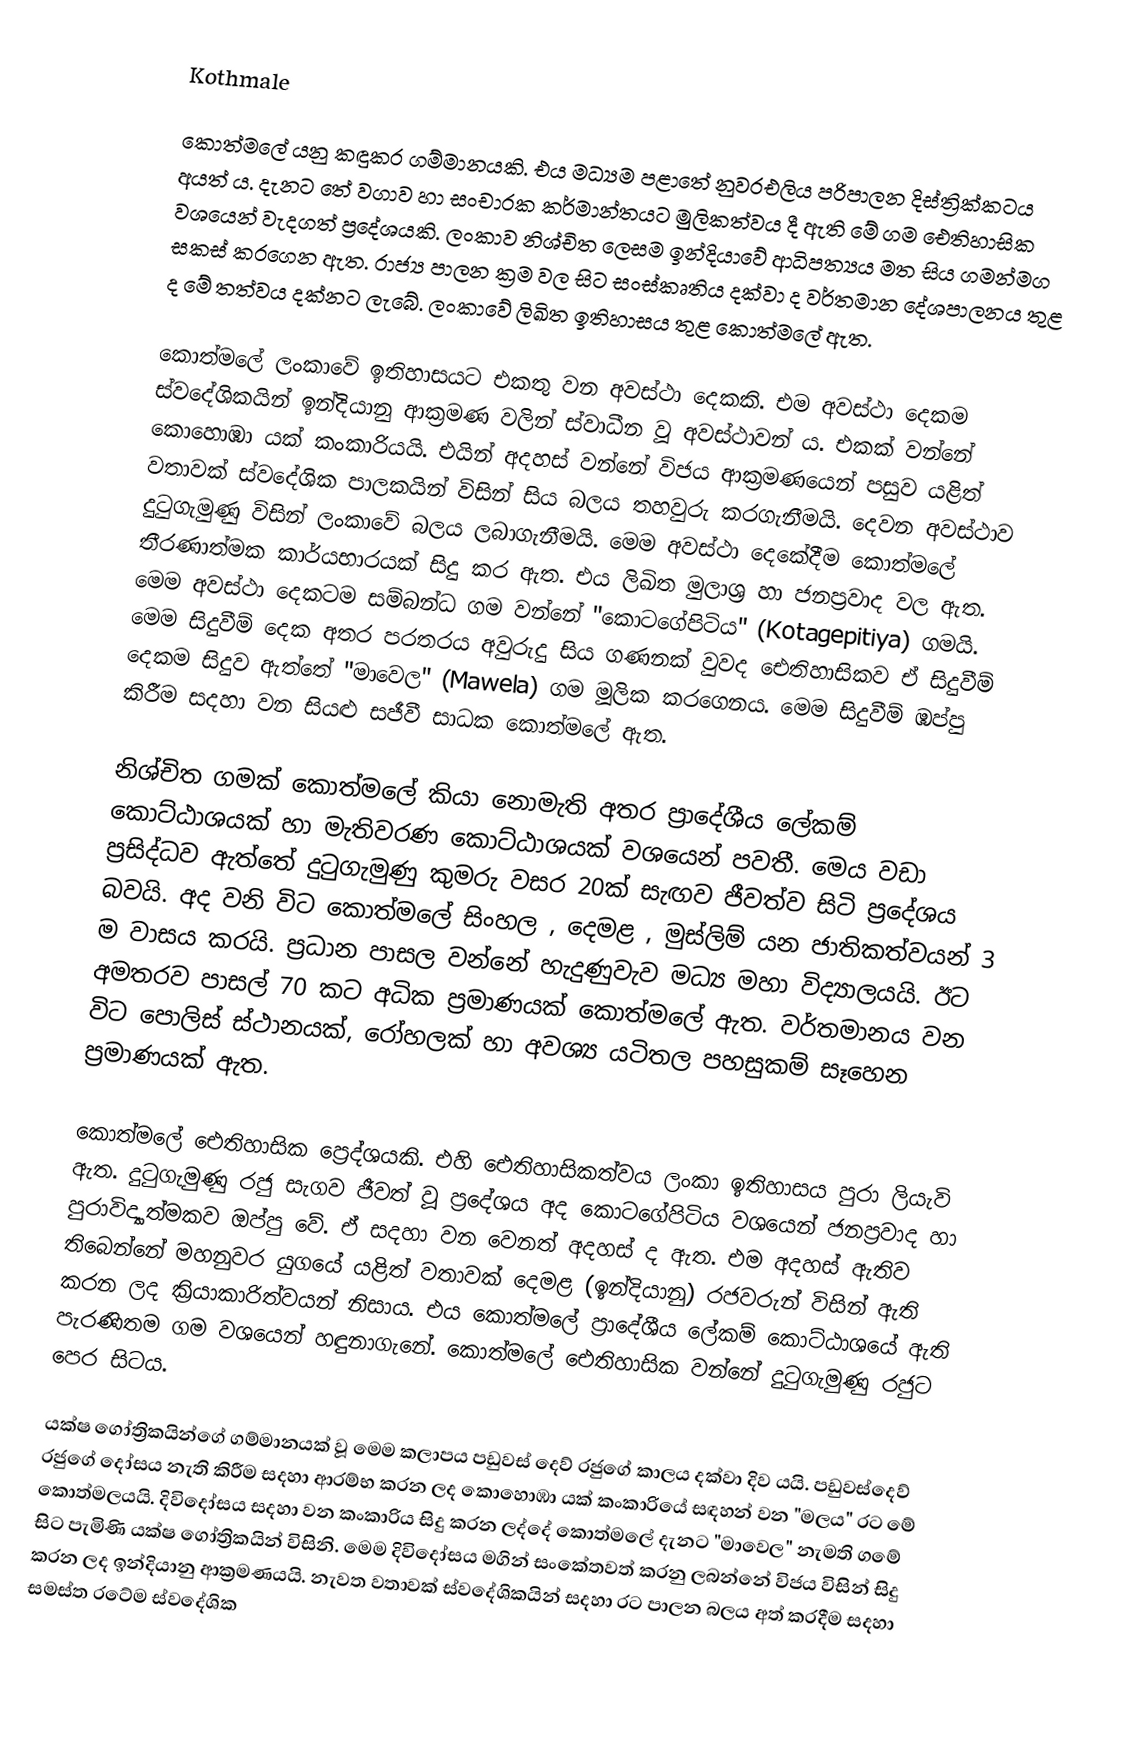
Kothmale

කොත්මලේ යනු කඳුකර ගම්මානයකි. එය මධ්‍යම පළාතේ නුවරඑලිය පරිපාලන දිස්ත්‍රික්කටය අයත් ය. දැනට තේ වගාව හා සංචාරක කර්මාන්තයට මුලිකත්වය දී ඇති මේ ගම ඓතිහාසික වශයෙන් වැදගත් ප්‍රදේශයකි. ලංකාව නිශ්චිත ලෙසම ඉන්දියාවේ ආධිපත්‍යය මත සිය ගමන්මග සකස් කරගෙන ඇත. රාජ්‍ය පාලන ක්‍රම වල සිට සංස්කෘතිය දක්වා ද වර්තමාන දේශපාලනය තුළ ද මේ තත්වය දක්නට ලැබේ. ලංකාවේ ලිඛිත ඉතිහාසය තුළ කොත්මලේ ඇත.

කොත්මලේ ලංකාවේ ඉතිහාසයට එකතු වන අවස්ථා දෙකකි. එම අවස්ථා දෙකම ස්වදේශිකයින් ඉන්දියානු ආක්‍රමණ වලින් ස්වාධීන වූ අවස්ථාවන් ය. එකක් වන්නේ කොහොඹා යක් කංකාරියයි. එයින් අදහස් වන්නේ විජය ආක්‍රමණයෙන් පසුව යළිත් වතාවක් ස්වදේශික පාලකයින් විසින් සිය බලය තහවුරු කරගැනීමයි. දෙවන අවස්ථාව දුටුගැමුණු විසින් ලංකාවේ බලය ලබාගැනීමයි. මෙම අවස්ථා දෙකේදීම කොත්මලේ තීරණාත්මක කාර්යභාරයක් සිදු කර ඇත. එය ලිඛිත මුලාශ්‍ර හා ජනප්‍රවාද වල ඇත.  මෙම අවස්ථා දෙකටම සම්බන්ධ ගම වන්නේ "කොටගේපිටිය" (Kotagepitiya) ගමයි. මෙම සිදුවීම් දෙක අතර පරතරය අවුරුදු සිය ගණනක් වුවද ඓතිහාසිකව ඒ සිදුවීම් දෙකම සිදුව ඇත්තේ "මාවෙල" (Mawela)  ගම මූලික කරගෙනය. මෙම සිදුවීම් ඹප්පු කිරීම සදහා වන සියළු සජීවී සාධක කොත්මලේ ඇත.

නිශ්චිත ගමක් කොත්මලේ කියා නොමැති අතර ප්‍රාදේශීය ලේකම් කොට්ඨාශයක් හා මැතිවරණ කොට්ඨාශයක් වශයෙන් පවතී.  මෙය වඩා ප්‍රසිද්ධව ඇත්තේ දුටුගැමුණු කුමරු වසර 20ක් සැඟව ජීවත්ව සිටි ප්‍රදේශය බවයි. අද වනි විට කොත්මලේ සිංහල , දෙමළ , මුස්ලිම් යන ජාතිකත්වයන් 3 ම වාසය කරයි. ප්‍රධාන පාසල වන්නේ හැදුණුවැව මධ්‍ය මහා විද්‍යාලයයි. ඊට අමතරව පාසල් 70 කට අධික ප්‍රමාණයක් කොත්මලේ ඇත. වර්තමානය වන විට පොලිස් ස්ථානයක්, රෝහලක් හා අවශ්‍ය යටිතල පහසුකම් සෑහෙන ප්‍රමාණයක් ඇත.

කොත්මලේ ඓතිහාසික ප්‍රෙද්ශයකි. එහි ඓතිහාසිකත්වය ලංකා ඉතිහාසය පුරා ලියැවි ඇත.  දුටුගැමුණු රජු සැගව ජීවත් වූ ප්‍රදේශය අද කොටගේපිටිය වශයෙන් ජනප්‍රවාද හා පුරාවිද්‍යාත්මකව ඔප්පු වේ. ඒ සදහා වන වෙනත් අදහස් ද ඇත. එම අදහස් ඇතිව තිබෙන්නේ මහනුවර යුගයේ යළිත් වතාවක් දෙමළ (ඉන්දියානු) රජවරුන් විසින් ඇති කරන ලද ක්‍රියාකාරිත්වයන් නිසාය. එය කොත්මලේ ප්‍රාදේශීය ලේකම් කොට්ඨාශයේ ඇති පැරණිතම ගම වශයෙන් හඳුනාගැනේ. කොත්මලේ ඓතිහාසික වන්නේ දුටුගැමුණු රජුට පෙර සිටය.

යක්ෂ ගෝත්‍රිකයින්ගේ ගම්මානයක් වූ මෙම කලාපය පඩුවස් දෙව් රජුගේ කාලය දක්වා දිව යයි. පඩුවස්දෙව් රජුගේ දෝසය නැති කිරීම සදහා ආරම්භ කරන ලද කොහොඹා යක් කංකාරියේ සඳහන් වන "මලය" රට මේ කොත්මලයයි. දිවිදෝසය සදහා වන කංකාරිය සිදු කරන ලද්දේ කොත්මලේ දැනට "මාවෙල" නැමති ගමේ සිට පැමිණි යක්ෂ ගෝත්‍රිකයින් විසිනි. මෙම දිවිදෝසය මගින් සංකේතවත් කරනු ලබන්නේ විජය විසින් සිදු කරන ලද ඉන්දියානු ආක්‍රමණයයි. නැවත වතාවක් ස්වදේශිකයින් සදහා රට පාලන බලය අත් කරදීම සදහා සමස්ත රටේම ස්වදේශික